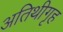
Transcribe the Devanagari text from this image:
अतिथीगृह